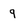
Character: 9